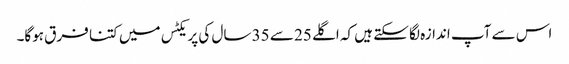
اس سے آپ اندازہ لگا سکتے ہیں کہ اگلے 25 سے 35 سال کی پریکٹس میں کتنا فرق ہوگا۔